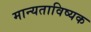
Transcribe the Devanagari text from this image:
मान्यताविष्यक